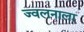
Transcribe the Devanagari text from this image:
ज्वलनाला